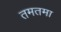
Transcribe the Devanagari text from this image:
तमतमा